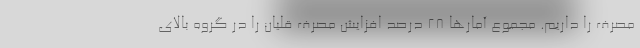
مصرف را داریم. مجموع آمارها 28 درصد افزایش مصرف قلیان را در گروه بالای